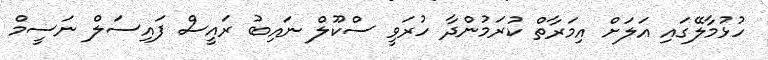
ހުޅުމާލޭގައި އަލަށް އިމަރާތް ކުރަމުންދާ ހުރަވީ ސްކޫލް ނައިބު ރައީސް ފައިސަލް ނަސީމް